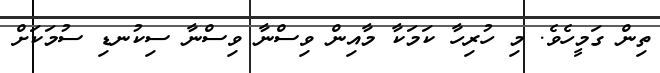
ތިން ގަމީހެވެ. މި ހުރިހާ ކަމަކާ މާއިން ވިސްނާ ވިސްނާ ސިކުނޑި ސުމަކަށް